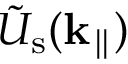
\Tilde { U } _ { \mathrm { s } } ( { \bf k } _ { \parallel } )